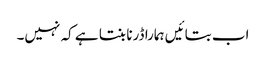
اب بتائیں ہمارا ڈرنا بنتا ہے کہ نہیں۔